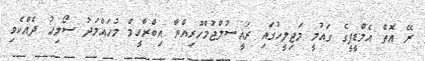
ރޭ އޮތް އެމްޑީޕީގެ ގައުމީ މަޖިލީހުގައި ރައީސުލްޖުމްހޫރިއްޔާ އިބްރާހީމް މުހައްމަދު ސޯލިހު ދެއްކެވި